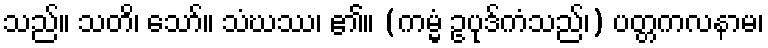
သည်။ သတိ၊ သော်။ သံဃဿ၊ ၏။ (ကမ္မံ ဥပုဒ်ကံသည်၊) ပတ္တကလနာမ၊